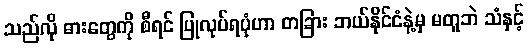
သည်လို ဓားတွေကို စီရင် ပြုလုပ်ရပုံဟာ တခြား ဘယ်နိုင်ငံနဲ့မှ မတူဘဲ သံနှင့်